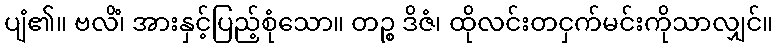
ပျံ၏။ ဗလိံ၊ အားနှင့်ပြည့်စုံသော။ တဉ္စ ဒိဇံ၊ ထိုလင်းတငှက်မင်းကိုသာလျှင်။